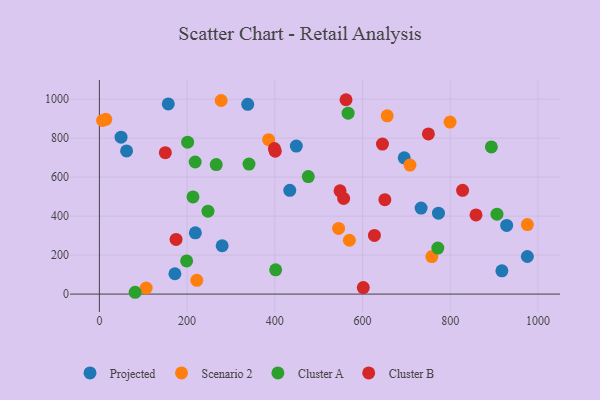
{"axis": {"x": "Experience", "y": "Demand"}, "legend": ["Cluster A", "Cluster B", "Projected", "Scenario 2"], "data": [{"x": "695.0", "y": 698.9, "type": "Projected"}, {"x": "218.8", "y": 314.3, "type": "Projected"}, {"x": "157.1", "y": 975.4, "type": "Projected"}, {"x": "449.0", "y": 759.2, "type": "Projected"}, {"x": "62.0", "y": 734.5, "type": "Projected"}, {"x": "917.7", "y": 119.5, "type": "Projected"}, {"x": "975.8", "y": 192.9, "type": "Projected"}, {"x": "434.1", "y": 532.4, "type": "Projected"}, {"x": "172.2", "y": 104.4, "type": "Projected"}, {"x": "279.9", "y": 248.1, "type": "Projected"}, {"x": "773.1", "y": 415.1, "type": "Projected"}, {"x": "733.5", "y": 441.2, "type": "Projected"}, {"x": "49.4", "y": 804.9, "type": "Projected"}, {"x": "338.2", "y": 973.6, "type": "Projected"}, {"x": "928.6", "y": 352.0, "type": "Projected"}, {"x": "656.2", "y": 914.3, "type": "Scenario 2"}, {"x": "758.0", "y": 192.4, "type": "Scenario 2"}, {"x": "708.1", "y": 661.9, "type": "Scenario 2"}, {"x": "277.6", "y": 993.1, "type": "Scenario 2"}, {"x": "14.6", "y": 896.5, "type": "Scenario 2"}, {"x": "7.4", "y": 891.1, "type": "Scenario 2"}, {"x": "106.7", "y": 31.2, "type": "Scenario 2"}, {"x": "570.0", "y": 276.2, "type": "Scenario 2"}, {"x": "799.5", "y": 882.2, "type": "Scenario 2"}, {"x": "545.4", "y": 337.0, "type": "Scenario 2"}, {"x": "975.8", "y": 356.7, "type": "Scenario 2"}, {"x": "222.1", "y": 70.7, "type": "Scenario 2"}, {"x": "385.8", "y": 792.4, "type": "Scenario 2"}, {"x": "218.4", "y": 677.6, "type": "Cluster A"}, {"x": "906.5", "y": 409.9, "type": "Cluster A"}, {"x": "567.1", "y": 928.2, "type": "Cluster A"}, {"x": "771.6", "y": 236.0, "type": "Cluster A"}, {"x": "893.7", "y": 755.2, "type": "Cluster A"}, {"x": "476.3", "y": 602.6, "type": "Cluster A"}, {"x": "198.9", "y": 170.3, "type": "Cluster A"}, {"x": "247.6", "y": 425.5, "type": "Cluster A"}, {"x": "266.4", "y": 664.6, "type": "Cluster A"}, {"x": "201.2", "y": 779.1, "type": "Cluster A"}, {"x": "213.4", "y": 498.3, "type": "Cluster A"}, {"x": "81.5", "y": 9.3, "type": "Cluster A"}, {"x": "401.9", "y": 124.4, "type": "Cluster A"}, {"x": "341.1", "y": 667.2, "type": "Cluster A"}, {"x": "562.3", "y": 997.1, "type": "Cluster B"}, {"x": "174.8", "y": 280.2, "type": "Cluster B"}, {"x": "150.4", "y": 725.3, "type": "Cluster B"}, {"x": "556.9", "y": 490.8, "type": "Cluster B"}, {"x": "627.1", "y": 301.1, "type": "Cluster B"}, {"x": "548.7", "y": 529.7, "type": "Cluster B"}, {"x": "858.7", "y": 406.0, "type": "Cluster B"}, {"x": "399.1", "y": 747.0, "type": "Cluster B"}, {"x": "650.9", "y": 484.6, "type": "Cluster B"}, {"x": "750.1", "y": 821.9, "type": "Cluster B"}, {"x": "400.9", "y": 733.2, "type": "Cluster B"}, {"x": "645.4", "y": 769.8, "type": "Cluster B"}, {"x": "601.7", "y": 33.3, "type": "Cluster B"}, {"x": "828.1", "y": 532.1, "type": "Cluster B"}]}